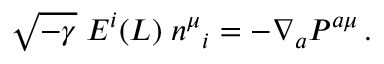
\sqrt { - \gamma } \; { \cal E } ^ { i } ( L ) \; n ^ { \mu } { } _ { i } = - \nabla _ { a } { \cal P } ^ { a \mu } \, .